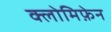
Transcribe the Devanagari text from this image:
क्लोमिफ़ेन